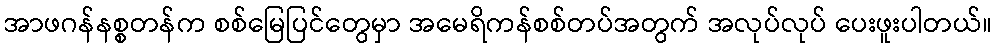
အာဖဂန်နစ္စတန်က စစ်မြေပြင်တွေမှာ အမေရိကန်စစ်တပ်အတွက် အလုပ်လုပ် ပေးဖူးပါတယ်။